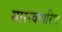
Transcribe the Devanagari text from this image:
सारस्वतारिष्ट